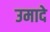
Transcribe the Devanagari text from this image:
उमादे